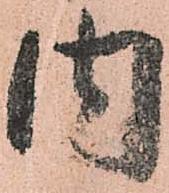
内